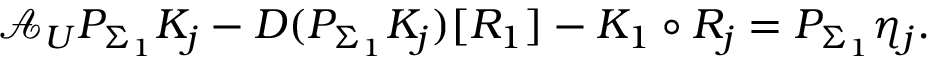
\mathcal { A } _ { U } P _ { \Sigma _ { 1 } } K _ { j } - D ( P _ { \Sigma _ { 1 } } K _ { j } ) [ R _ { 1 } ] - K _ { 1 } \circ R _ { j } = P _ { \Sigma _ { 1 } } \eta _ { j } .